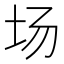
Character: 场